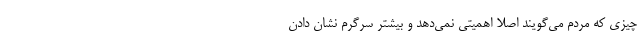
چیزی که مردم می‌گویند اصلا اهمیتی نمی‌دهد و بیشتر سرگرم نشان دادن